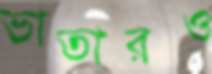
ভাতারও